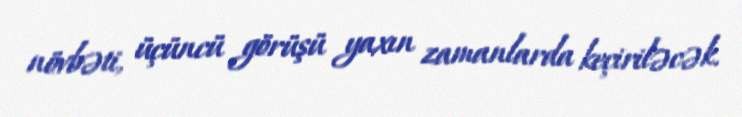
növbəti, üçüncü görüşü yaxın zamanlarda keçiriləcək.